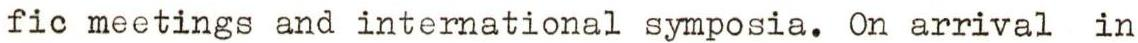
fic meetings and international symposia. On arrival in